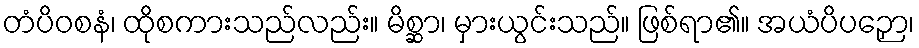
တံပိဝစနံ၊ ထိုစကားသည်လည်း။ မိစ္ဆာ၊ မှားယွင်းသည်။ ဖြစ်ရာ၏။ အယံပိပဉှော၊